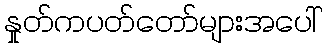
နှုတ်ကပတ်တော်များအပေါ်